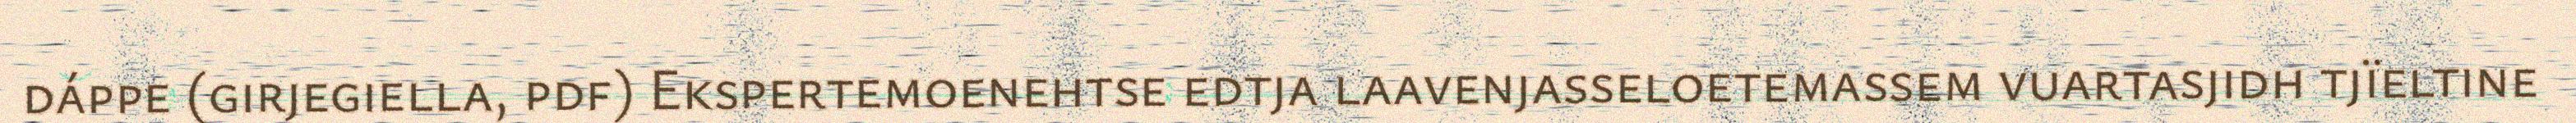
dáppe (girjegiella, pdf) Ekspertemoenehtse edtja laavenjasseloetemassem vuartasjidh tjïeltine